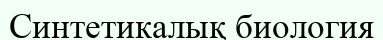
Синтетикалық биология